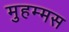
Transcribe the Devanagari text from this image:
मुहम्मस